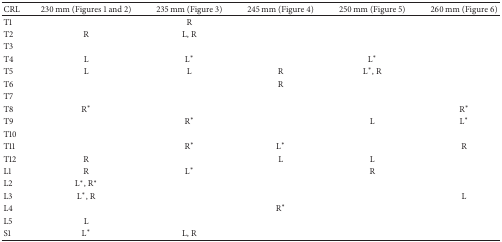
<table><thead><tr><td><b>CRL</b></td><td><b>230 mm (Figures 1 and 2)</b></td><td><b>235 mm (Figure 3) </b></td><td><b>245 mm (Figure 4) </b></td><td><b>250 mm (Figure 5) </b></td><td><b>260 mm (Figure 6)</b></td></tr></thead><tbody><tr><td>T1</td><td> </td><td>R</td><td> </td><td> </td><td> </td></tr><tr><td>T2</td><td>R</td><td>L, R</td><td> </td><td> </td><td> </td></tr><tr><td>T3</td><td> </td><td> </td><td> </td><td> </td><td> </td></tr><tr><td>T4</td><td>L</td><td>L<sup><i>∗</i></sup></td><td> </td><td>L<sup><i>∗</i></sup></td><td> </td></tr><tr><td>T5</td><td>L</td><td>L</td><td>R</td><td>L<sup><i>∗</i></sup>, R</td><td> </td></tr><tr><td>T6</td><td> </td><td> </td><td>R</td><td> </td><td> </td></tr><tr><td>T7</td><td> </td><td> </td><td> </td><td> </td><td> </td></tr><tr><td>T8</td><td>R<sup><i>∗</i></sup></td><td> </td><td> </td><td> </td><td>R<sup><i>∗</i></sup></td></tr><tr><td>T9</td><td> </td><td>R<sup><i>∗</i></sup></td><td> </td><td>L</td><td>L<sup><i>∗</i></sup></td></tr><tr><td>T10</td><td> </td><td> </td><td> </td><td> </td><td> </td></tr><tr><td>T11</td><td> </td><td>R<sup><i>∗</i></sup></td><td>L<sup><i>∗</i></sup></td><td> </td><td>R</td></tr><tr><td>T12</td><td>R</td><td> </td><td>L</td><td>L</td><td> </td></tr><tr><td>L1</td><td>R</td><td>L<sup><i>∗</i></sup></td><td> </td><td>R</td><td> </td></tr><tr><td>L2</td><td>L<sup><i>∗</i></sup>, R<sup><i>∗</i></sup></td><td> </td><td> </td><td> </td><td> </td></tr><tr><td>L3</td><td>L<sup><i>∗</i></sup>, R</td><td> </td><td> </td><td> </td><td>L</td></tr><tr><td>L4</td><td> </td><td> </td><td>R<sup><i>∗</i></sup></td><td> </td><td> </td></tr><tr><td>L5</td><td>L</td><td> </td><td> </td><td> </td><td> </td></tr><tr><td>S1</td><td>L<sup><i>∗</i></sup></td><td>L, R</td><td> </td><td> </td><td> </td></tr></tbody></table>